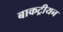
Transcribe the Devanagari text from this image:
बाकट्रीयन